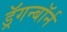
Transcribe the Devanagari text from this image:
ड्रॅगन्बॉर्न